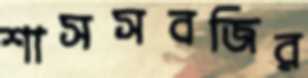
শাসসবজির